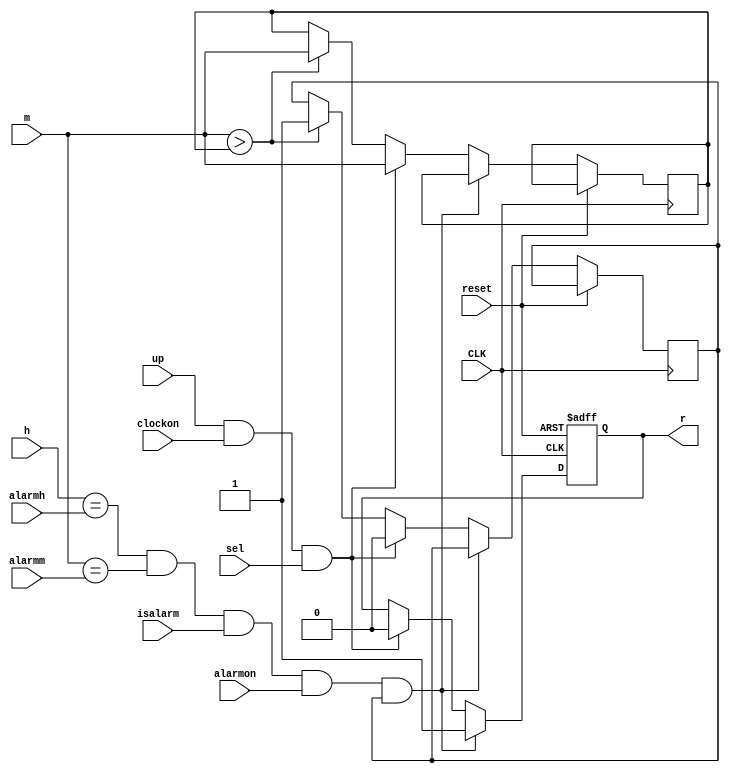
`timescale 1ns / 1ps
//////////////////////////////////////////////////////////////////////////////////
// Company: 
// Engineer: 
// 
// Design Name: 
// Module Name:    AlarmChecker 
// Project Name: 
// Target Devices: 
// Tool versions: 
// Description: 
//
// Dependencies: 
//
// Revision: 
// Revision 0.01 - File Created
// Additional Comments: 
//
//////////////////////////////////////////////////////////////////////////////////
module AlarmChecker(
	input CLK,
	input reset,
	input up,
	input sel,
	input clockon,
	input alarmon,
    input [6:0] h,
    input [6:0] alarmh,
    input [6:0] m,
    input [6:0] alarmm,
    input isalarm,
    output reg r=0
    );
	 
	 wire matched;
	 reg ext=1;
	 reg [6:0] temp=0; 
	 assign matched = (h == alarmh) & (m == alarmm) & isalarm & alarmon & ext;
	 
	always @(posedge CLK or posedge reset) begin
		if (reset) r = 0;
		else if (matched) begin
			r = 1;
		end
		else if (up & clockon & sel) begin
			r = 0;
			ext = 0;
			temp = m;
		end
		else if (m > temp) begin
			ext = 1;
			temp = m;
		end
	end
		
	 


endmodule